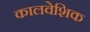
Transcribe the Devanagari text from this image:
कालवेशिक